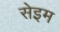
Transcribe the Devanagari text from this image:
सेइम